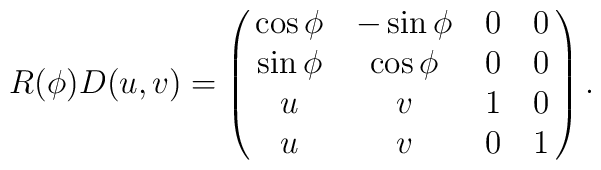
R(\phi)D(u,v) = \pmatrix{\cos\phi &-\sin\phi &0&0 \cr\sin\phi & \cos\phi &0&0 \cr u&v&1&0 \cr u&v&0&1} .